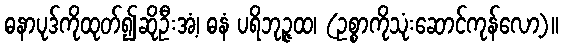
ဓနာပုဒ်ကိုထုတ်၍ဆိုဦးအံ့၊ ဓနံ ပရိဘုဉ္ဇထ၊ (ဥစ္စာကိုသုံးဆောင်ကုန်လော့)။